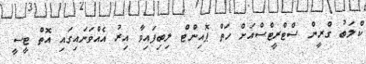
ކްލަބު ގްރީން ސްޓްރީޓްސްއަށް ހަތް ޕޮއިންޓް ލިބިފައިވާ އިރު އެއްވަނައިގައި އޮތް ޓީސީ